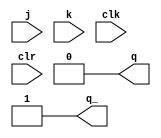
module sn74ls73(q, q_, j, k, clk, clr);
input j, k, clk, clr;
output q, q_;
reg m, s;
parameter
	// TI TTL data book Vol 1, 1985
	tPLH_min=0, tPLH_typ=15, tPLH_max=20,
	tPHL_min=0, tPHL_typ=15, tPHL_max=20;
	

always @(clr==0)
begin
	m <= 0;
	s <= 0;
end

always @(posedge clk)
begin
	if (clr==1) begin
		m <= (j==0 && k==0) ? s :
			 (j==1 && k==0) ? 'b1 :
			 (j==0 && k==1) ? 'b0 : ~s;
	end
end

always @(negedge clk)
begin
	s <= m;
end

assign #(tPLH_min:tPLH_typ:tPLH_max,
		 tPHL_min:tPHL_typ:tPHL_max)
	q  = s;
assign #(tPLH_min:tPLH_typ:tPLH_max,
		 tPHL_min:tPHL_typ:tPHL_max)
	q_ = ~s; 

endmodule